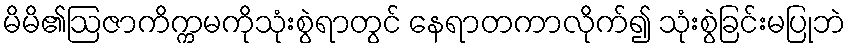
မိမိ၏ဩဇာကိက္ကမကိုသုံးစွဲရာတွင် နေရာတကာလိုက်၍ သုံးစွဲခြင်းမပြုဘဲ